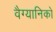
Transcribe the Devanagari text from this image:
वैग्यानिको